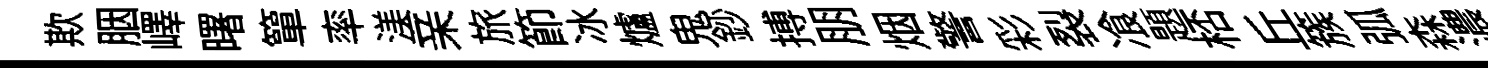
欺胭嶧曙簞率渼亲旅節冰爐鬼鈔搏朋烟警彩裂飡題桮丘簇弧森濃馨